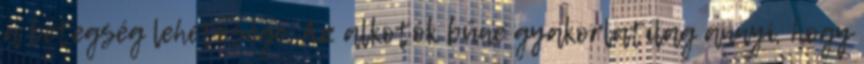
a betegség lehetősége. Az alkotók bűne gyakorlatilag annyi, hogy